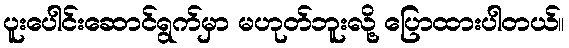
ပူးပေါင်းဆောင်ရွက်မှာ မဟုတ်ဘူးလို့ ပြောထားပါတယ်။